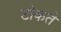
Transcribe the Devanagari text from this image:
टोकते